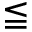
\leqq